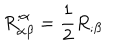
R _ { \alpha \beta } ^ { ; \alpha } = \frac { 1 } { 2 } R _ { ; \beta }